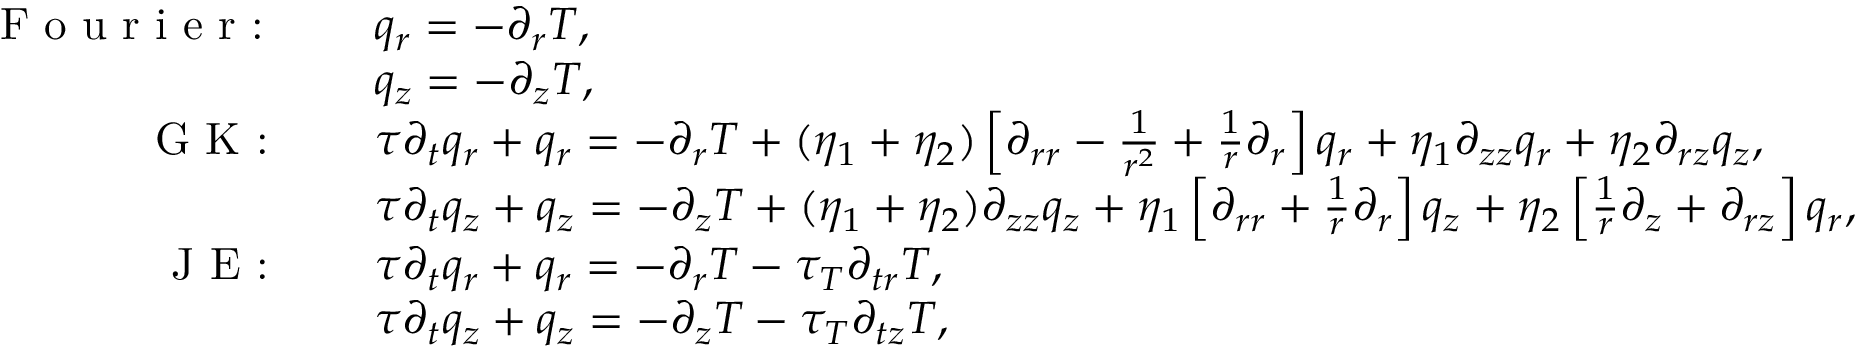
\begin{array} { r l } { \textrm { F o u r i e r : } \quad } & { q _ { r } = - \partial _ { r } T , } \\ { \quad } & { q _ { z } = - \partial _ { z } T , } \\ { \textrm { G K : } \quad } & { \tau \partial _ { t } q _ { r } + q _ { r } = - \partial _ { r } T + ( \eta _ { 1 } + \eta _ { 2 } ) \left[ \partial _ { r r } - \frac { 1 } { r ^ { 2 } } + \frac { 1 } { r } \partial _ { r } \right] q _ { r } + \eta _ { 1 } \partial _ { z z } q _ { r } + \eta _ { 2 } \partial _ { r z } q _ { z } , } \\ { \quad } & { \tau \partial _ { t } q _ { z } + q _ { z } = - \partial _ { z } T + ( \eta _ { 1 } + \eta _ { 2 } ) \partial _ { z z } q _ { z } + \eta _ { 1 } \left[ \partial _ { r r } + \frac { 1 } { r } \partial _ { r } \right] q _ { z } + \eta _ { 2 } \left[ \frac { 1 } { r } \partial _ { z } + \partial _ { r z } \right] q _ { r } , } \\ { \textrm { J E : } \quad } & { \tau \partial _ { t } q _ { r } + q _ { r } = - \partial _ { r } T - \tau _ { T } \partial _ { t r } T , } \\ { \quad } & { \tau \partial _ { t } q _ { z } + q _ { z } = - \partial _ { z } T - \tau _ { T } \partial _ { t z } T , } \end{array}